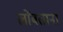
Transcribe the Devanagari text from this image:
लोंबताना